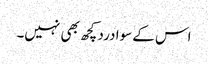
اس کے سوا درد کچھ بھی نہیں۔